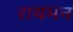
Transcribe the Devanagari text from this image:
रायमन